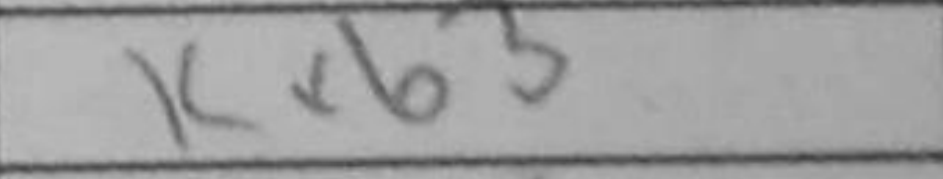
Transcription: Kxb3